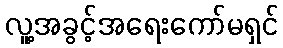
လူ့အခွင့်အရေးကော်မရှင်